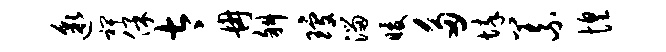
邈裨保太冉斜琼溜暖多悴义惶